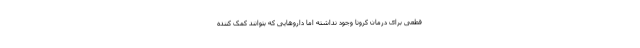
قطعی برای درمان کرونا وجود نداشته اما داروهایی که بتوانند کمک کننده